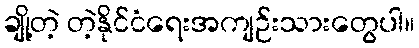
ချို့တဲ့ တဲ့နိုင်ငံရေးအကျဉ်းသားတွေပါ။